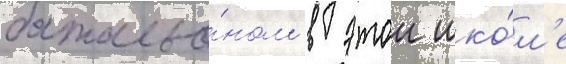
батальо́ном в этои шко́л'е